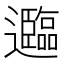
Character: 𮟤